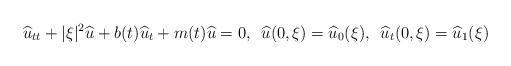
LaTeX: \begin{align*} \widehat{u}_{tt} + |\xi|^2 \widehat{u} + b(t)\widehat{u}_t + m(t) \widehat{u}=0 ,\,\,\,\widehat{u}(0,\xi)=\widehat{u}_0(\xi),\,\,\,\widehat{u}_t(0,\xi)=\widehat{u}_1(\xi)\end{align*}